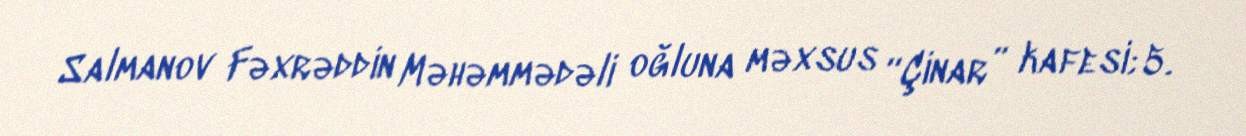
Salmanov Fəxrəddin Məhəmmədəli oğluna məxsus “Çinar” kafesi; 5.